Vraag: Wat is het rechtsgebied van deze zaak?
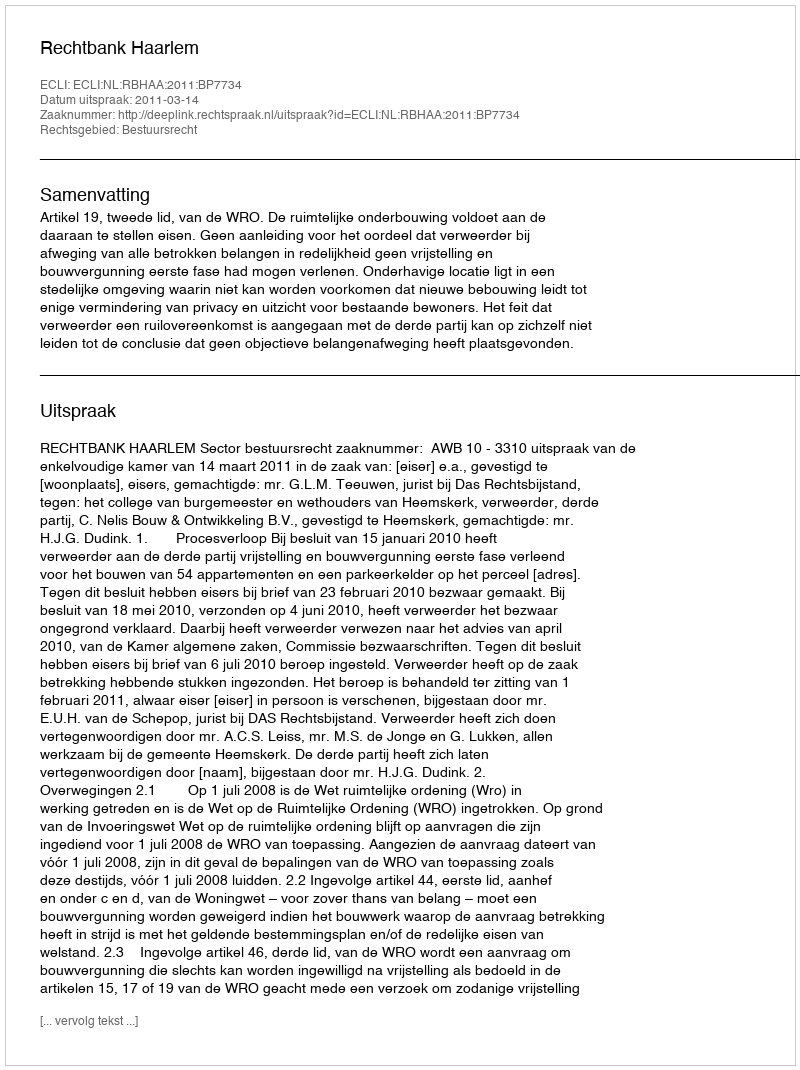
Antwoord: Bestuursrecht